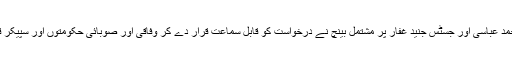
سندھ ہائی کورٹ کے جسٹس عقیل احمد عباسی اور جسٹس جنید غفار پر مشتمل بینچ نے درخواست کو قابل سماعت قرار دے کر وفاقی اور صوبائی حکومتوں اور سپیکر قومی اسمبلی کو نوٹس جاری کردیے۔